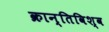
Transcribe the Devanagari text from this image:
क्रान्तिविश्व